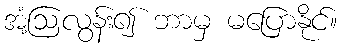
အံ့ဩလွန်း၍ ဘာမှ မပြောနိုင်။